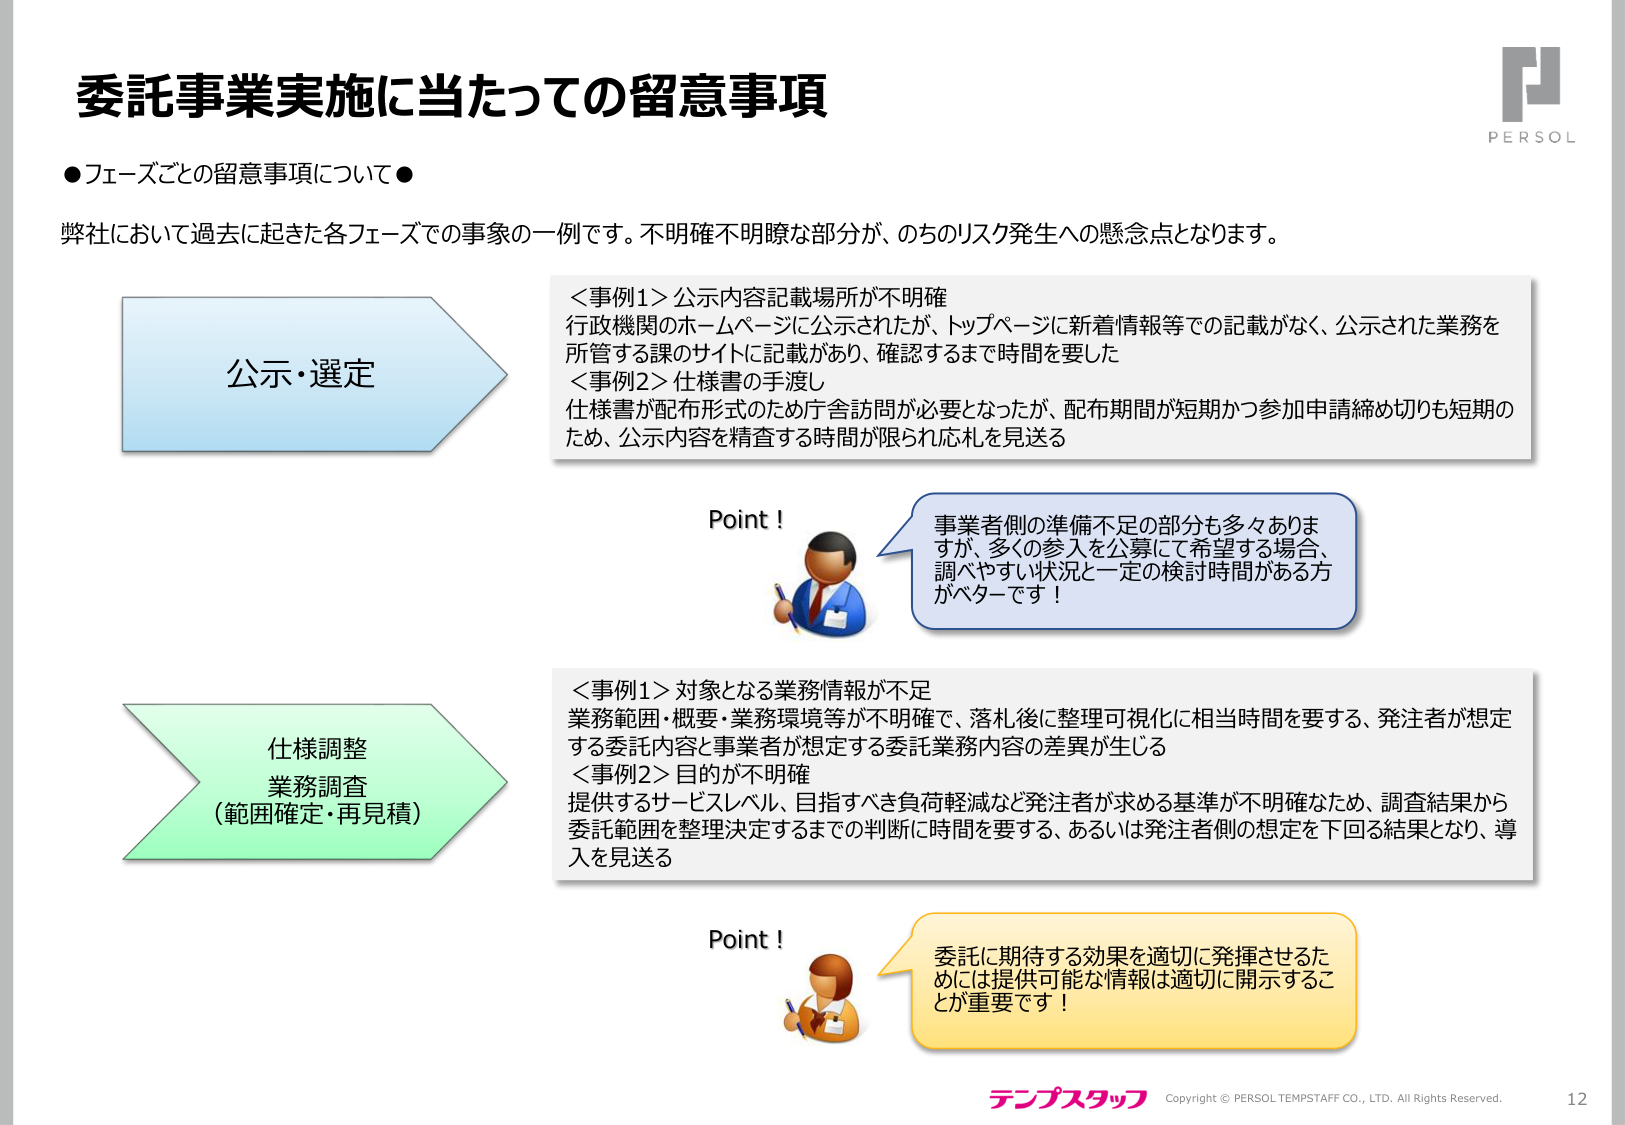
委託事業実施に当たっての留意事項

●フェーズごとの留意事項について●

弊社において過去に起きた各フェーズでの事象の一例です。不明確不明瞭な部分が、のちのリスク発生への懸念点となります。

公示・選定

＜事例1＞公示内容記載場所が不明確
行政機関のホームページに公示されたが、トップページに新着情報等での記載がなく、公示された業務を所管する課のサイトに記載があり、確認するまで時間を要した

＜事例2＞仕様書の手渡し
仕様書が配布形式のため庁舎訪問が必要となったが、配布期間が短期かつ参加申請締め切りも短期のため、公示内容を精査する時間が限られ応札を見送る

Point！
事業者側の準備不足の部分も多々ありま
すが、多くの参入を公募にて希望する場合、
調べやすい状況と一定の検討時間がある方
がベターです！

仕様調整
業務調査
（範囲確定・再見積）

＜事例1＞対象となる業務情報が不足
業務範囲・概要・業務環境等が不明確で、落札後に整理可視化に相当時間を要する、発注者が想定する委託内容と事業者が想定する委託業務内容の差異が生じる

＜事例2＞目的が不明確
提供するサービスレベル、目指すべき負荷軽減など発注者が求める基準が不明确なため、調査結果から委託範囲を整理決定するまでの判断に時間を要する、あるいは発注者側の想定を下回る結果となり、導入を見送る

Point！
委託に期待する効果を適切に発揮させるた
めには提供可能な情報は適切に開示するこ
とが重要です！

テンプスタッフ
Copyright © PERSOL TEMPTAFF CO., LTD. All Rights Reserved.
12
PERSOL